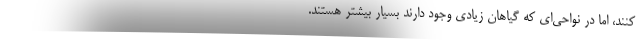
‌کنند، اما در نواحی‌ای که گیاهان زیادی وجود دارند بسیار بیشتر هستند.